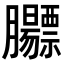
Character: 𬛡